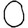
Digit: 0